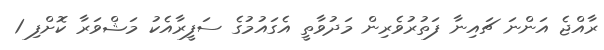
ރާއްޖެ އަންނަ ޗައިނާ ފަތުރުވެރިން މަދުވާތީ އެގައުމުގެ ސަފީރާއެކު މަޝްވަރާ ކޮށްފި 1